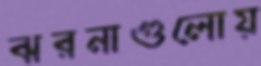
ঝরনাগুলোয়